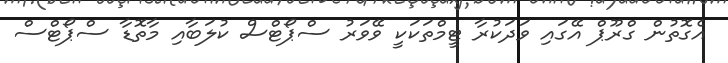
އެގޮތުން ގްރޫޕް އޭގައި ވަދަކުރާ ޓީމްތަކަކީ ވޭވަރު ސްޕޯޓްސް ކުލަބާއި މާތޮޑާ ސްޕޯޓްސް